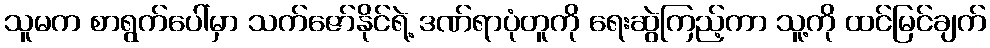
သူမက စာရွက်ပေါ်မှာ သက်ဇော်နိုင်ရဲ့ ဒဏ်ရာပုံတူကို ရေးဆွဲကြည့်ကာ သူ့ကို ထင်မြင်ချက်